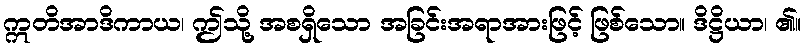
ဣတိအာဒိကာယ၊ ဤသို့ အစရှိသော အခြင်းအရာအားဖြင့် ဖြစ်သော။ ဒိဋ္ဌိယာ၊ ၏။